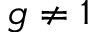
g \not = 1